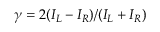
\gamma = 2 ( I _ { L } - I _ { R } ) / ( I _ { L } + I _ { R } )